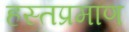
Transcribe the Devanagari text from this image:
हस्तप्रमाण